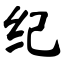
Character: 纪